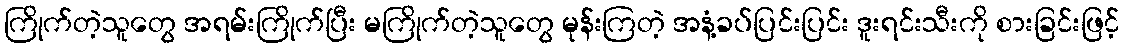
ကြိုက်တဲ့သူတွေ အရမ်းကြိုက်ပြီး မကြိုက်တဲ့သူတွေ မုန်းကြတဲ့ အနံ့ခပ်ပြင်းပြင်း ဒူးရင်းသီးကို စားခြင်းဖြင့်